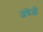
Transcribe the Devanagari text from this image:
अंग्रेजोंं